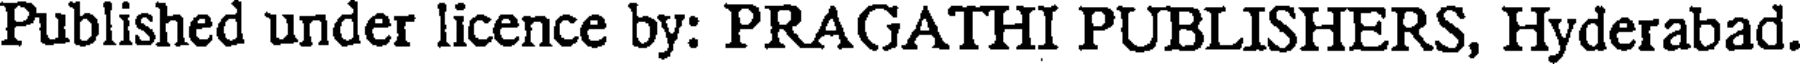
Published under licence by: PRAGATHI PUBLISHERS, Hyderabad.